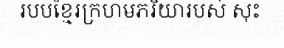
របបខ្មែរក្រហមភរិយារបស់ សុះ